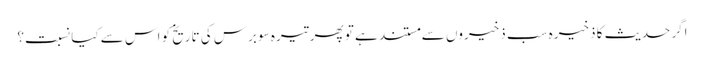
اگر حدیث کا ذخیرہ سب ذخیروں سے مستند ہے تو پھر تیرہ سو برس کی تاریخ کو اس سے کیا نسبت؟